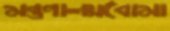
মন্ত্রণালয়বোমা